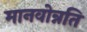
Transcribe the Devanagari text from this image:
मानवोन्नति